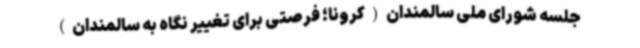
جلسه شورای ملی سالمندان(کرونا؛ فرصتی برای تغییر نگاه به سالمندان)